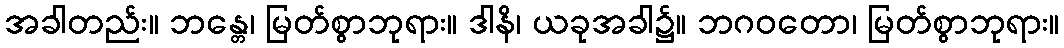
အခါတည်း။ ဘန္တေ၊ မြတ်စွာဘုရား။ ဒါနိ၊ ယခုအခါ၌။ ဘဂဝတော၊ မြတ်စွာဘုရား။